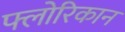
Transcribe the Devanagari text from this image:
फ्लोरिकान